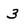
Character: 3